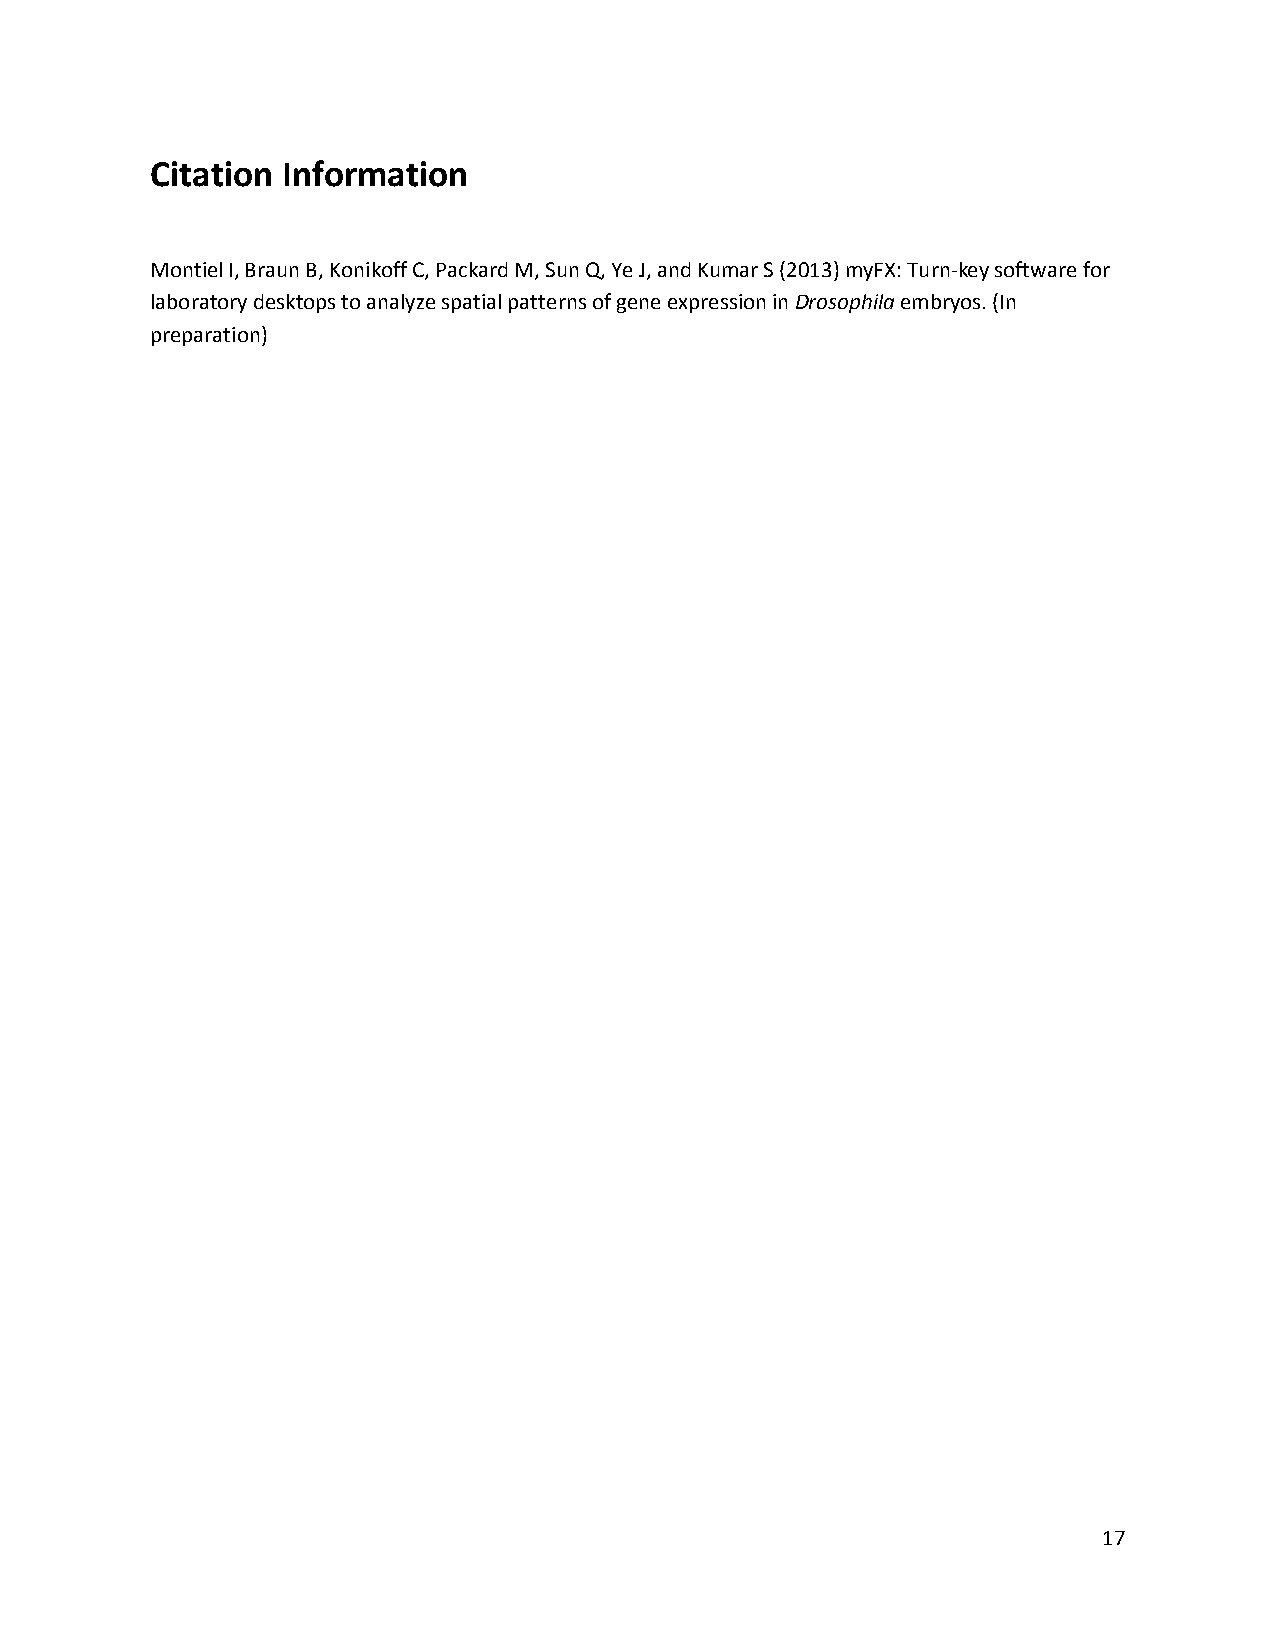
Citation Information
 Montiel I, Braun B, Konikoff C, Packard M, Sun Q, Ye J, and Kumar S (2013) myFX: Turn-key software for
 laboratory desktops to analyze spatial patterns of gene expression in Drosophila embryos. (In
 preparation)
 17